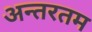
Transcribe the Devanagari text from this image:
अन्तरतम